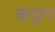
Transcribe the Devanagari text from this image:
कञ्जन